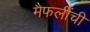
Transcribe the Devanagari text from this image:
मैफलींची